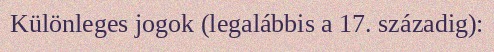
Különleges jogok (legalábbis a 17. századig):